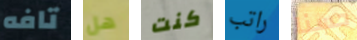
تافه هل كنت راتب حسنا